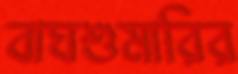
বাঘশুমারির